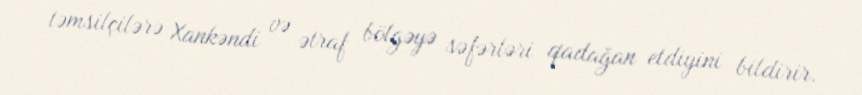
təmsilçilərə Xankəndi və ətraf bölgəyə səfərləri qadağan etdiyini bildirir.